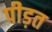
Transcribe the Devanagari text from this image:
पीड़त